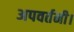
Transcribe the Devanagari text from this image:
अपवर्तनी।